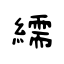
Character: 繻